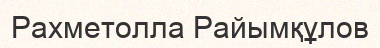
Рахметолла Райымқұлов